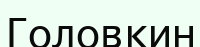
Головкин